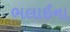
ભલાઈના